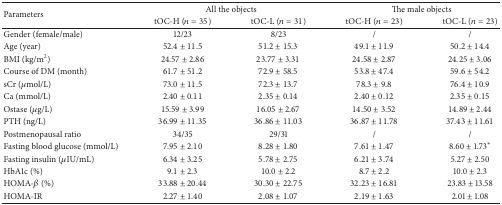
| <ROWSPAN=2> Parameters | <COLSPAN=2> All the objects | <COLSPAN=2> The male objects |
 | tOC-H (n = 35) | tOC-L (n = 31) | tOC-H (n = 23) | tOC-L (n = 23) |
 | --- | --- | --- | --- | --- |
 | Gender (female/male) | 12/23 | 8/23 | / | / |
 | Age (year) | 52.4 ± 11.5 | 51.2 ± 15.3 | 49.1 ± 11.9 | 50.2 ± 14.4 |
 | BMI (kg/m2) | 24.57 ± 2.86 | 23.77 ± 3.31 | 24.58 ± 2.87 | 24.25 ± 3.06 |
 | Course of DM (month) | 61.7 ± 51.2 | 72.9 ± 58.5 | 53.8 ± 47.4 | 59.6 ± 54.2 |
 | sCr (μmol/L) | 73.0 ± 11.5 | 72.3 ± 13.7 | 78.3 ± 9.8 | 76.4 ± 10.9 |
 | Ca (mmol/L) | 2.40 ± 0.11 | 2.35 ± 0.14 | 2.40 ± 0.12 | 2.35 ± 0.15 |
 | Ostase (μg/L) | 15.59 ± 3.99 | 16.05 ± 2.67 | 14.50 ± 3.52 | 14.89 ± 2.44 |
 | PTH (ng/L) | 36.99 ± 11.35 | 36.86 ± 11.03 | 36.87 ± 11.78 | 37.43 ± 11.61 |
 | Postmenopausal ratio | 34/35 | 29/31 | / | / |
 | Fasting blood glucose (mmol/L) | 7.95 ± 2.10 | 8.28 ± 1.80 | 7.61 ± 1.47 | 8.60 ± 1.73* |
 | Fasting insulin (μIU/mL) | 6.34 ± 3.25 | 5.78 ± 2.75 | 6.21 ± 3.74 | 5.27 ± 2.50 |
 | HbA1c (%) | 9.1 ± 2.3 | 10.0 ± 2.2 | 8.7 ± 2.2 | 10.0 ± 2.3 |
 | HOMA-β (%) | 33.88 ± 20.44 | 30.30 ± 22.75 | 32.23 ± 16.81 | 23.83 ± 13.58 |
 | HOMA-IR | 2.27 ± 1.40 | 2.08 ± 1.07 | 2.19 ± 1.63 | 2.01 ± 1.08 |